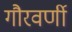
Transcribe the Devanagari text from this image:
गौरवर्णी